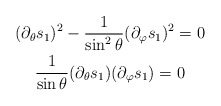
\begin{gather*} (\partial_\theta s_1)^2 - \frac{1}{\sin^2\theta}(\partial_\varphi s_1)^2 = 0 \\\frac{1}{\sin\theta}(\partial_\theta s_1)(\partial_\varphi s_1) = 0\end{gather*}